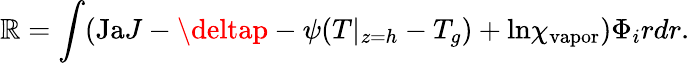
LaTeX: \mathbb{R}=\int(\mathrm{{Ja}}J-\deltap-\psi(T|_{z=h}-T_{g})+\mathrm{{ln}}\chi_{\mathrm{{vapor}}})\Phi_{i}rdr.